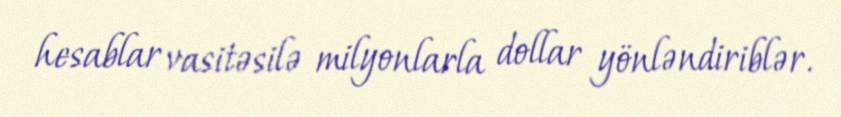
hesablar vasitəsilə milyonlarla dollar yönləndiriblər.